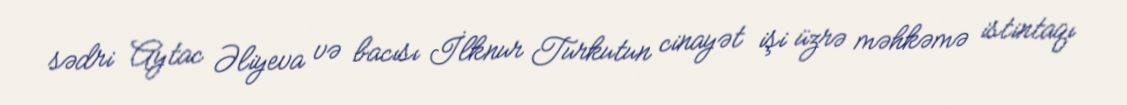
sədri Aytac Əliyeva və bacısı İlknur Turkutun cinayət işi üzrə məhkəmə istintaqı